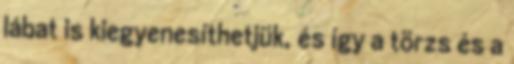
lábat is kiegyenesíthetjük, és így a törzs és a